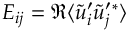
E _ { i j } = \Re \langle \tilde { u } _ { i } ^ { \prime } \tilde { u } _ { j } ^ { \prime } { } ^ { * } \rangle